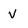
Character: V